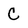
Character: C